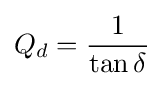
Q_{d}={\frac {1}{\tan \delta }}